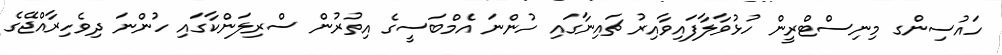
ހައުސިންގ މިނިސްޓްރީން ހުޅުވާލާފައިވާއިރު ޗައިނާގައި ހުންނަ އެމްބަސީގެ އިތުރުން ސްރިލަންކާގައި ހުންނަ ދިވެހިރާއްޖޭގެ